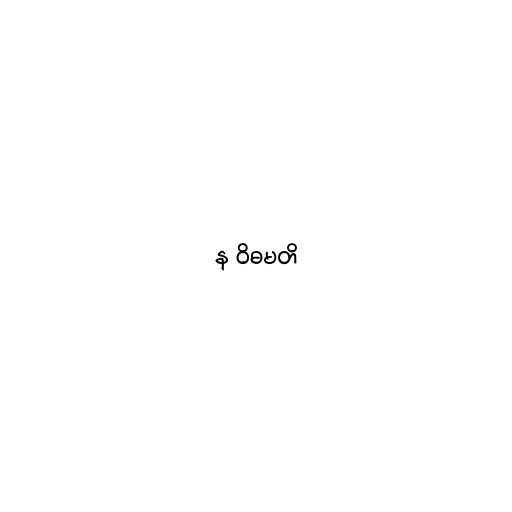
န ဝိဓမတိ